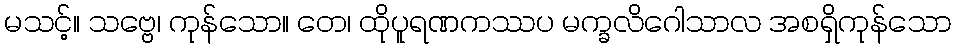
မသင့်။ သဗ္ဗေ၊ ကုန်သော။ တေ၊ ထိုပူရဏကဿပ မက္ခလိဂေါသာလ အစရှိကုန်သော